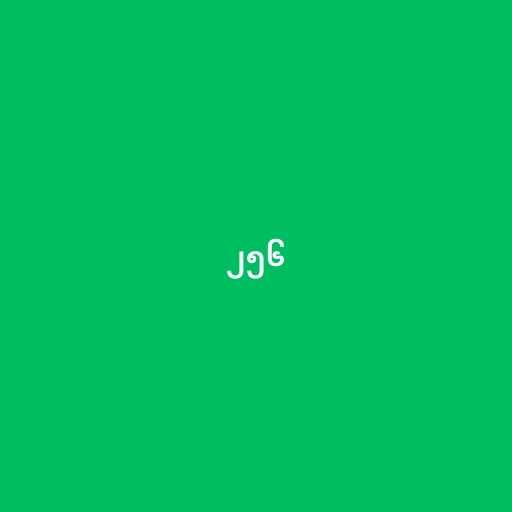
၂၅၆